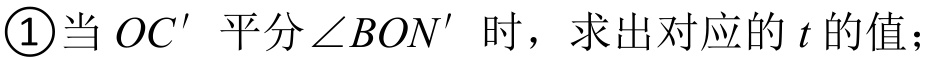
\textcircled{1}当\(OC'\)平分\(\angle BON'\)时，求出对应的\(t\)的值；